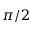
\pi / 2